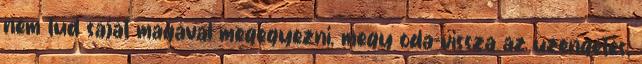
nem tud saját magával megegyezni, megy oda-vissza az üzengetés,